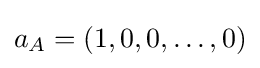
a_{A}=(1,0,0,\ldots ,0)